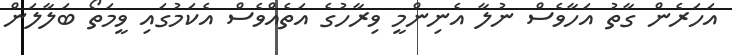
އަހަރެން ގާތު އަހާވެސް ނުލާ އެނިންމީ ވިރާހުގެ އަތެއްވެސް އެކަމުގައި ވީމަތޯ ބަލާލަން